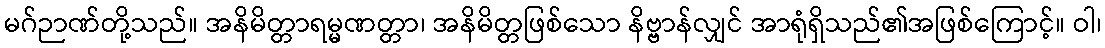
မဂ်ဉာဏ်တို့သည်။ အနိမိတ္တာရမ္မဏတ္တာ၊ အနိမိတ္တဖြစ်သော နိဗ္ဗာန်လျှင် အာရုံရှိသည်၏အဖြစ်ကြောင့်။ ဝါ၊